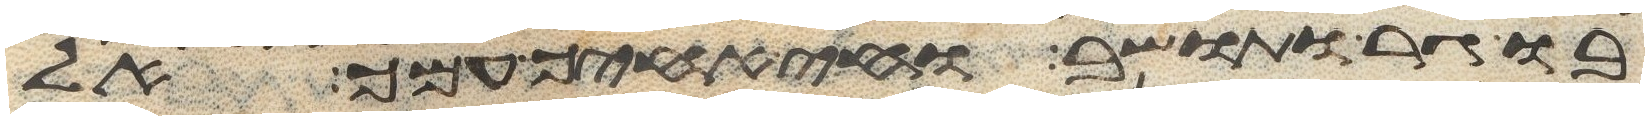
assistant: בו גר ותושב וחי אחיך עמך אל